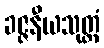
ခဇ္ဇနီယသုတ္တံ